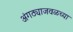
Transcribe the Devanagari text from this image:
अंगठ्याजवळच्या